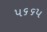
૫૬૬૫